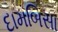
દામબિસા